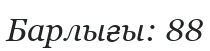
Барлығы: 88